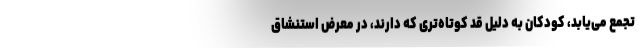
تجمع می‌یابد، کودکان به دلیل قد کوتاه‌تری که دارند، در معرض استنشاق